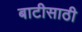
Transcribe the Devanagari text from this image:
बाटीसाठी